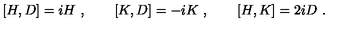
[ H , D ] = i H \ , \qquad [ K , D ] = - i K \ , \qquad [ H , K ] = 2 i D \ .